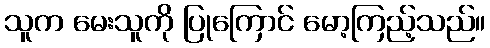
သူက မေးသူကို ပြုကြောင် မော့ကြည့်သည်။